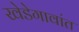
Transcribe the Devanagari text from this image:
खेडेगावांत